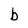
Character: b